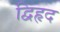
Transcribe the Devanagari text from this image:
द्विहृद